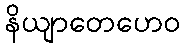
နိယျာတေဟေဝ